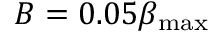
B = 0 . 0 5 \beta _ { \mathrm { m a x } }